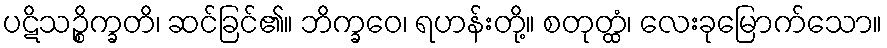
ပဋိသဉ္စိက္ခတိ၊ ဆင်ခြင်၏။ ဘိက္ခဝေ၊ ရဟန်းတို့။ စတုတ္ထံ၊ လေးခုမြောက်သော။